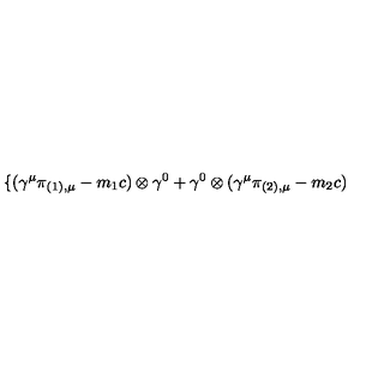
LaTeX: \{ ( { \gamma } ^ { \mu } { \pi } _ { ( 1 ) , \mu } - m _ { 1 } c ) \otimes { \gamma } ^ { 0 } + { \gamma } ^ { 0 } \otimes ( { \gamma } ^ { \mu } { \pi } _ { ( 2 ) , \mu } - m _ { 2 } c )